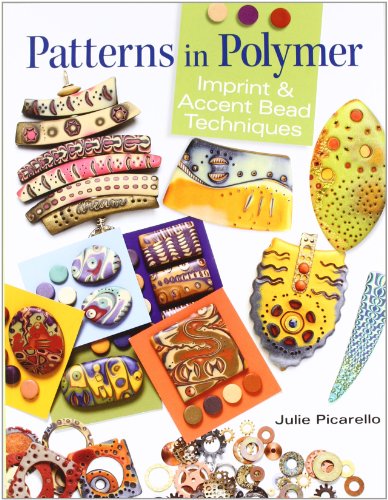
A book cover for Patterns in Polymer: Imprint and Accent Bead Techniques; Julie Picarello; Crafts, Hobbies & Home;